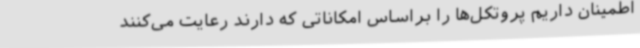
اطمینان داریم پروتکل‌ها را براساس امکاناتی که دارند رعایت می‌کنند